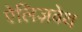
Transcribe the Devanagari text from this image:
ऐलिज़वेथ